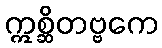
ဣစ္ဆိတဗ္ဗကေ